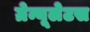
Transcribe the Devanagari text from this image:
ग्रेन्यूलेटस